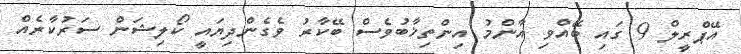
އޭޕްރީލް 9 ގައި ބޭއްވި އާންމު އިންތިޚާބުވެސް ބޭކާރު ވެގެންދިޔައީ ކޯލިޝަން ސަރުކާރެއް